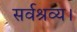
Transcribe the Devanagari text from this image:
सर्वश्रव्य।